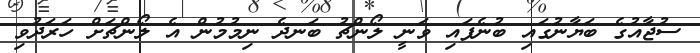
ސުޖާއުގެ ބަޔާނުގައި ބުނެފައި ވަނީ ލޯންޗު ބަނދެ ނިމުމުން އެ ލޯންޗަށް ހަރަދުވި